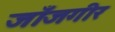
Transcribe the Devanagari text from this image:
जाँजगीर